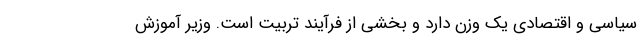
سیاسی و اقتصادی یک وزن دارد و بخشی از فرآیند تربیت است. وزیر آموزش